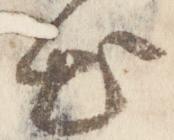
出